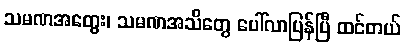
သမဏအတွေး၊ သမဏအသိတွေ ပေါ်လာပြန်ပြီ ထင်တယ်